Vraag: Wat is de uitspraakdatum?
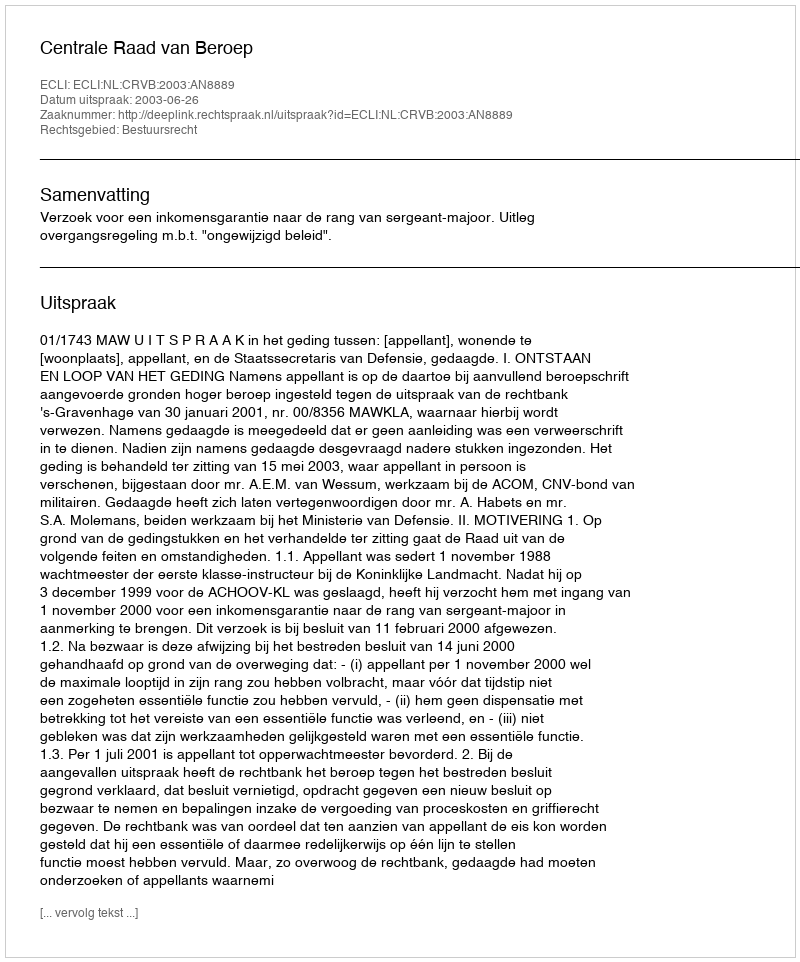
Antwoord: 2003-06-26